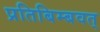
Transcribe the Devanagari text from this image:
प्रतिबिम्बवत्